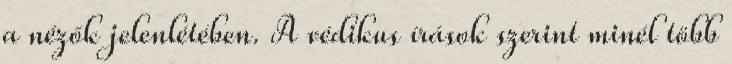
a nézők jelenlétében. A védikus írások szerint minél több